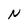
Character: N